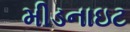
મીડનાઇટ